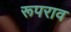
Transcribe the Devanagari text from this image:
रूपराव